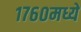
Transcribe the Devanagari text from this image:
१७६०मध्ये